Leaving Certificate Examination, 1923
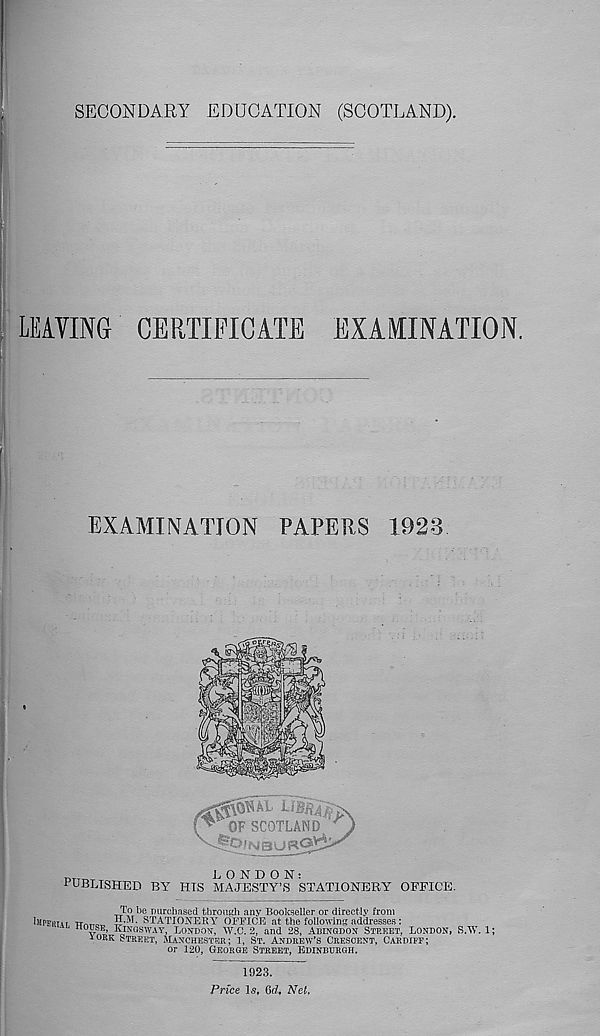
SECONDARY EDUCATION (SCOTLAND).
LEAVING CERTIFICATE EXAMINATION.
EXAMINATION PAPERS 1923
LIBRA
y OF SCOTLAND
/ fsj B U
DTTT ,
LONDON:
PUBLISHED BY HIS MAJESTY’S STATIONERY OFFICE.
To be purchased througli any Bookseller or directly from
1MPPI>TW TTr.r-f^ A-T STATIONERY OFFICE at the following addresses:
tl0 v„ ’ FfkoswAY, LOSDOU, W.C. 2, and 28, ABINODOS STREET, LONDON, S.W. 1;
IORK STREET, MANCHESTER; 1, ST. ANDREW’S CRESCENT, CARDIFF;
or 120, GEORGE STREET, EDINBURGH.
1923.
Price Is. 6d. Net,